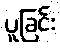
ပူခြင်း